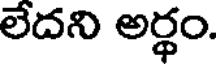
లేదని అర్థం.